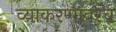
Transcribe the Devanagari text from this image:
व्याकरणावरच